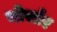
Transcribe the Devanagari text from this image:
नोर्सार